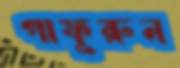
গাফুরুন